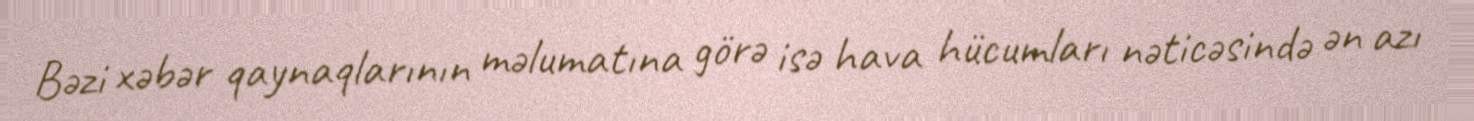
Bəzi xəbər qaynaqlarının məlumatına görə isə hava hücumları nəticəsində ən azı